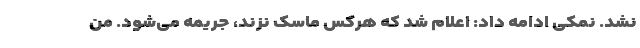
نشد. نمکی ادامه داد: اعلام شد که هرکس ماسک نزند، جریمه می‌شود. من